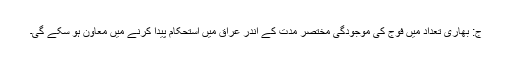
ج: بھاری تعداد میں فوج کی موجودگی مختصر مدت کے اندر عراق میں استحکام پیدا کرنے میں معاون ہو سکے گی۔